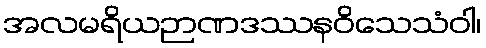
အလမရိယဉာဏဒဿနဝိသေသံဝါ၊